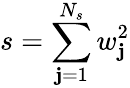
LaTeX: s=\sum_{\mathbf{j}=1}^{N_{s}}w_{\mathbf{j}}^{2}